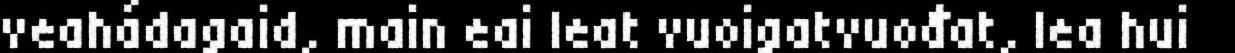
veahádagaid, main eai leat vuoigatvuođat, lea hui